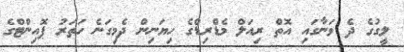
ލީގުގެ ދެ ވަނާގައި އޮތް ރިއަލް މެޑްރިޑްގެ ހިޔަނިން ދެމިގަނެ ހަތަރު ޕޮއިންޓްގެ